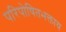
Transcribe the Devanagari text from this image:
परिपोषितभक्ताय